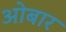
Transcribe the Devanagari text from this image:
ओबार